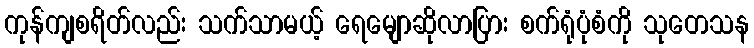
ကုန်ကျစရိတ်လည်း သက်သာမယ့် ရေမျောဆိုလာပြား စက်ရုံပုံစံကို သုတေသန